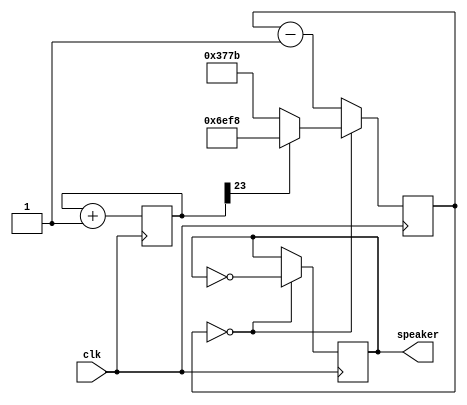
`timescale 1ns / 1ps
//////////////////////////////////////////////////////////////////////////////////
// Company: 
// Engineer: 
// 
// Design Name: 
// Module Name: ambulance
// Project Name: 
// Target Devices: 
// Tool Versions: 
// Description: 
// 
// Dependencies: 
// 
// Revision:
// Revision 0.01 - File Created
// Additional Comments:
// 
//////////////////////////////////////////////////////////////////////////////////


module ambulance (clk, speaker);
input clk;
output reg speaker;

parameter clkdivider = 25000000/440/2;

reg [23:0] tone;
reg [14:0] counter;

initial begin 

speaker = 0;
tone = 24'd0;
counter = 15'd0; 
end


always @(posedge clk) tone <= tone+1;

always @(posedge clk) if(counter==0) counter <= (tone[23] ? clkdivider-1 : clkdivider/2-1); else counter <= counter-1;

always @(posedge clk) if(counter==0) speaker <= ~speaker;
endmodule